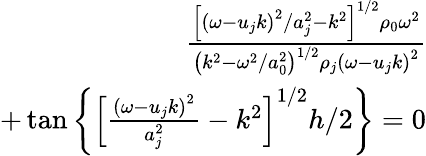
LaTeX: \begin{array}{r}{\frac{\left[\left(\omega-u_{j}k\right)^{2}/a_{j}^{2}-k^{2}\right]^{1/2}\rho_{0}\omega^{2}}{\left(k^{2}-\omega^{2}/a_{0}^{2}\right)^{1/2}\rho_{j}\left(\omega-u_{j}k\right)^{2}}}\\ {+\tan\left\{ \left[\frac{\left(\omega-u_{j}k\right)^{2}}{a_{j}^{2}}-k^{2}\right]^{1/2}h/2\right\} =0}\end{array}